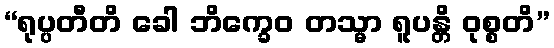
“ရုပ္ပတီတိ ခေါ ဘိက္ခေဝ တသ္မာ ရူပန္တိ ဝုစ္စတိ”